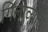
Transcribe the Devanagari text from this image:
गिलाव्याचे